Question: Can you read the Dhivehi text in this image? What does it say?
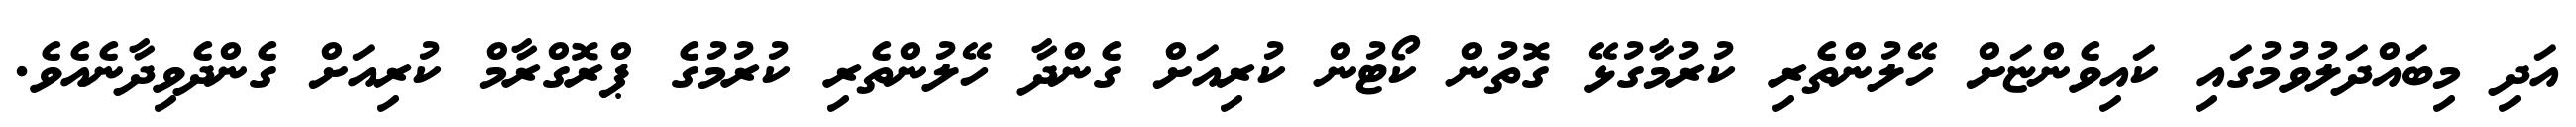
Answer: އަދި މިބައްދަލުވުމުގައި ކައިވެންޏަށް ހޭލުންތެރި ކުރުމާގުޅޭ ގޮތުން ކޯޓުން ކުރިއަށް ގެންދާ ހޭލުންތެރި ކުރުމުގެ ޕްރޮގްރާމް ކުރިއަށް ގެންދެވިދާނެއެވެ.